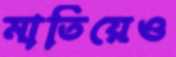
মাতিয়েও